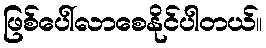
ဖြစ်ပေါ်လာစေနိုင်ပါတယ်။